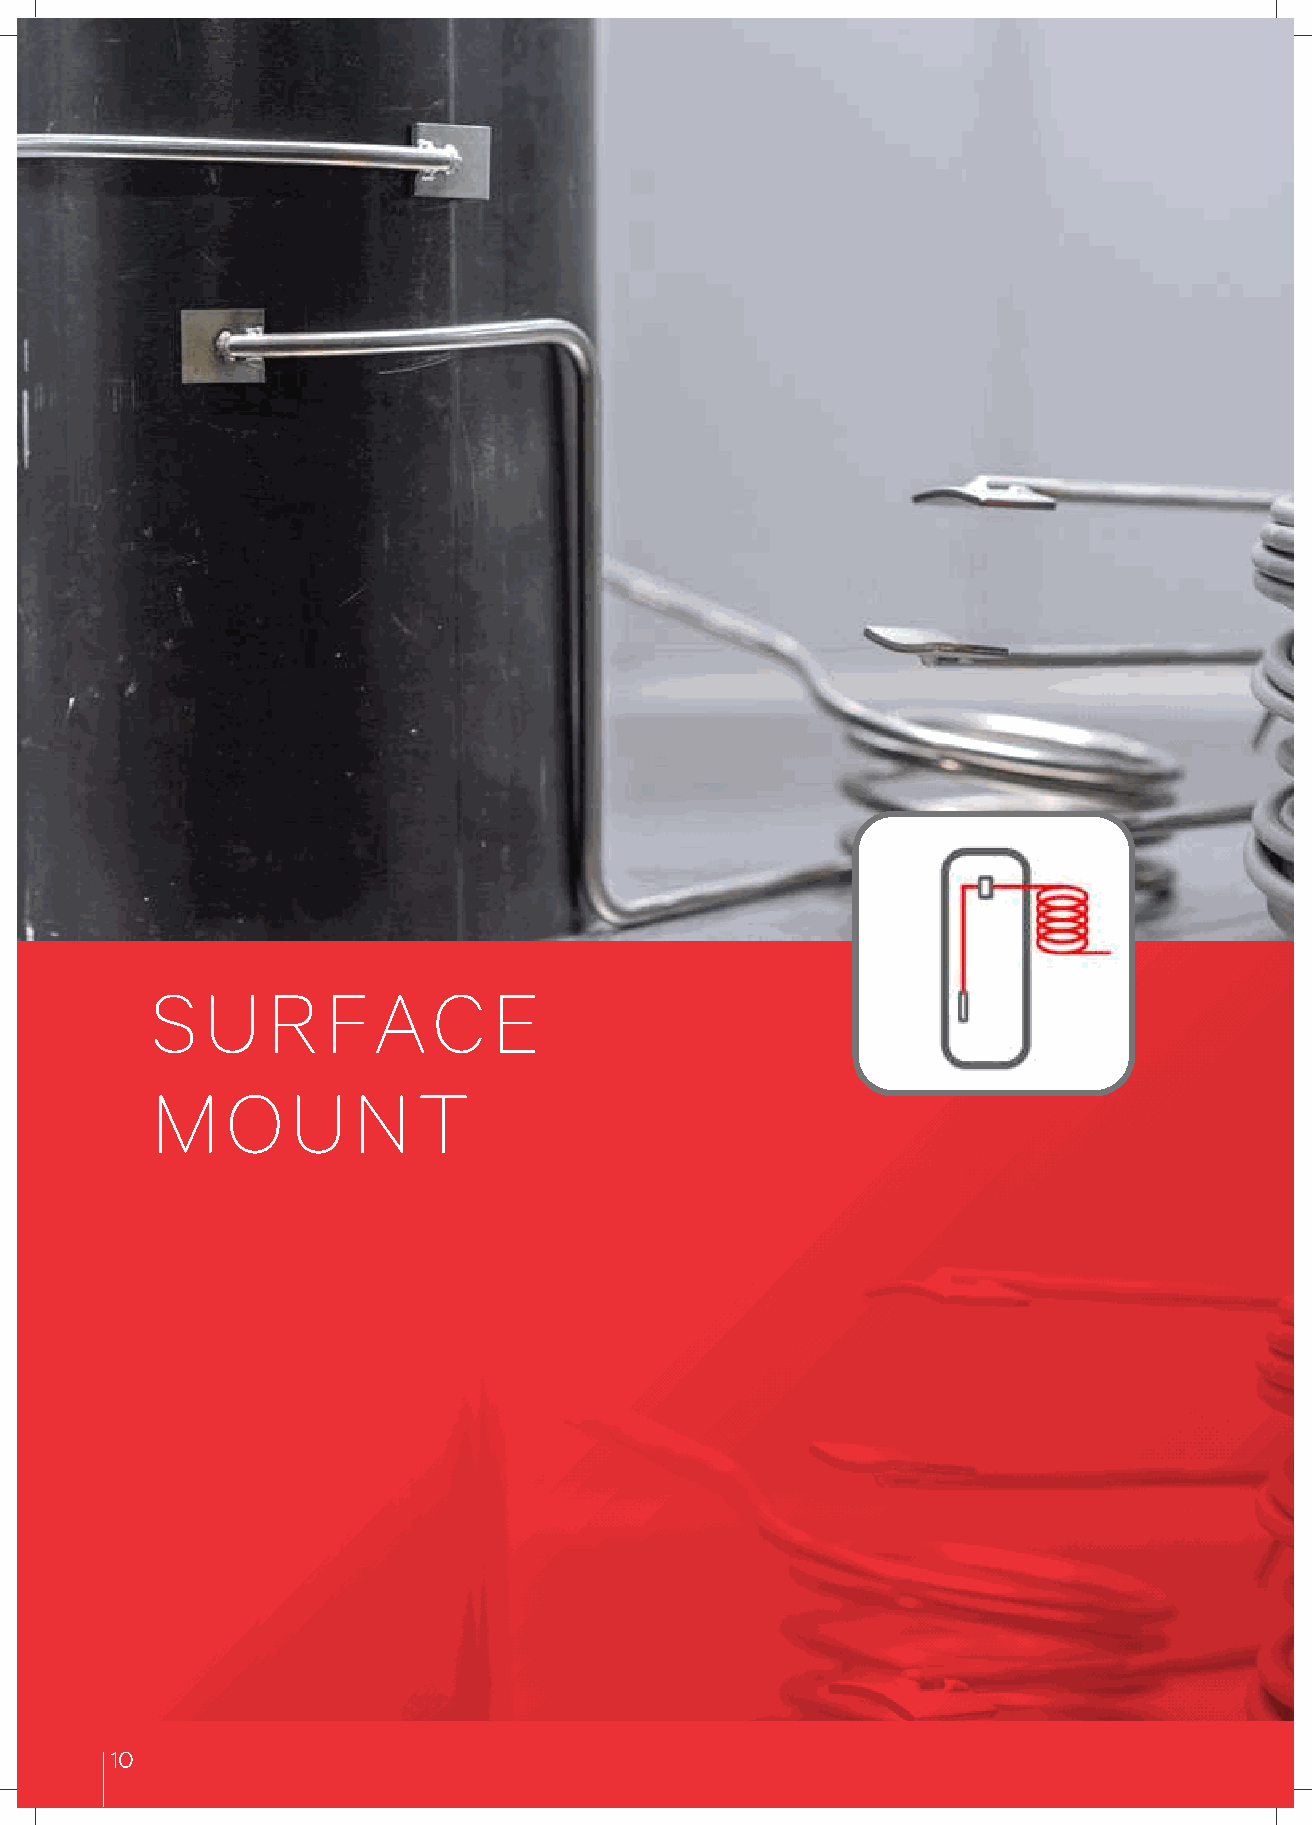
S   U   R   FAC        E
 M    O   U   N    T
 10